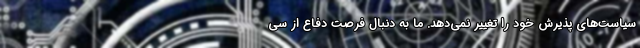
سیاست‌های پذیرش خود را تغییر نمی‌دهد. ما به دنبال فرصت دفاع از سی